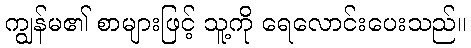
ကျွန်မ၏ စာများဖြင့် သူ့ကို ရေလောင်းပေးသည်။